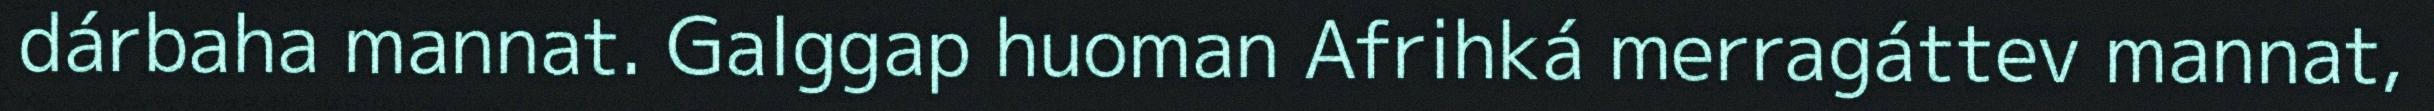
dárbaha mannat. Galggap huoman Afrihká merragáttev mannat,